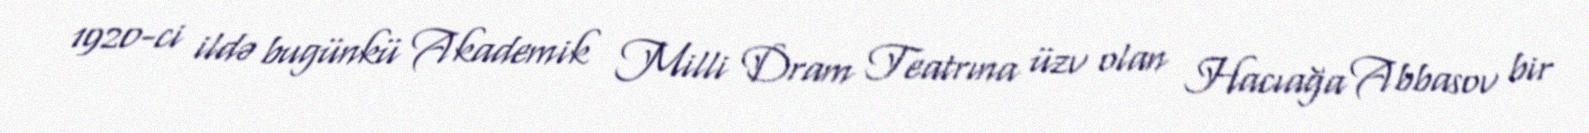
1920-ci ildə bugünkü Akademik Milli Dram Teatrına üzv olan Hacıağa Abbasov bir